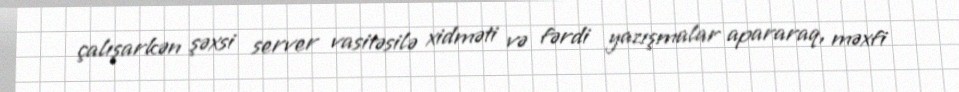
çalışarkən şəxsi server vasitəsilə xidməti və fərdi yazışmalar apararaq, məxfi